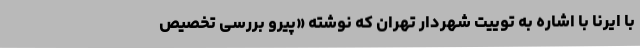
با ایرنا با اشاره به توییت شهردار تهران که نوشته «پیرو بررسی تخصیص